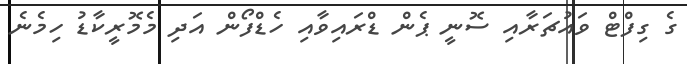
ގެ ގިފްޓް ވައުޗަރާއި ސޮނީ ޕެން ޑްރައިވާއި ހެޑްފޯން އަދި މެމޮރީކާޑު ހިމެނެ